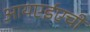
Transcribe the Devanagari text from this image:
आयएईएची